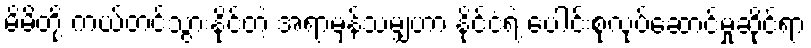
မိမိတို့ ကယ်တင်သွားနိုင်တဲ့ အရာမှန်သမျှဟာ နိုင်ငံရဲ့ ပေါင်းစုလုပ်ဆောင်မှုဆိုင်ရာ